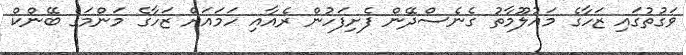
ވަގުތުގައި ޒަހާގެ މައުލޫމާތު ގެނެސްދޭން ފެށިފަހުން ރެއާއި ހަމައަށް ޒަހާގެ މަންމަގެ ބޭންކް